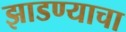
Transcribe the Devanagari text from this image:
झाडण्याचा